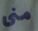
منى